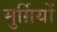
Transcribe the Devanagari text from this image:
मुर्ग़ियों